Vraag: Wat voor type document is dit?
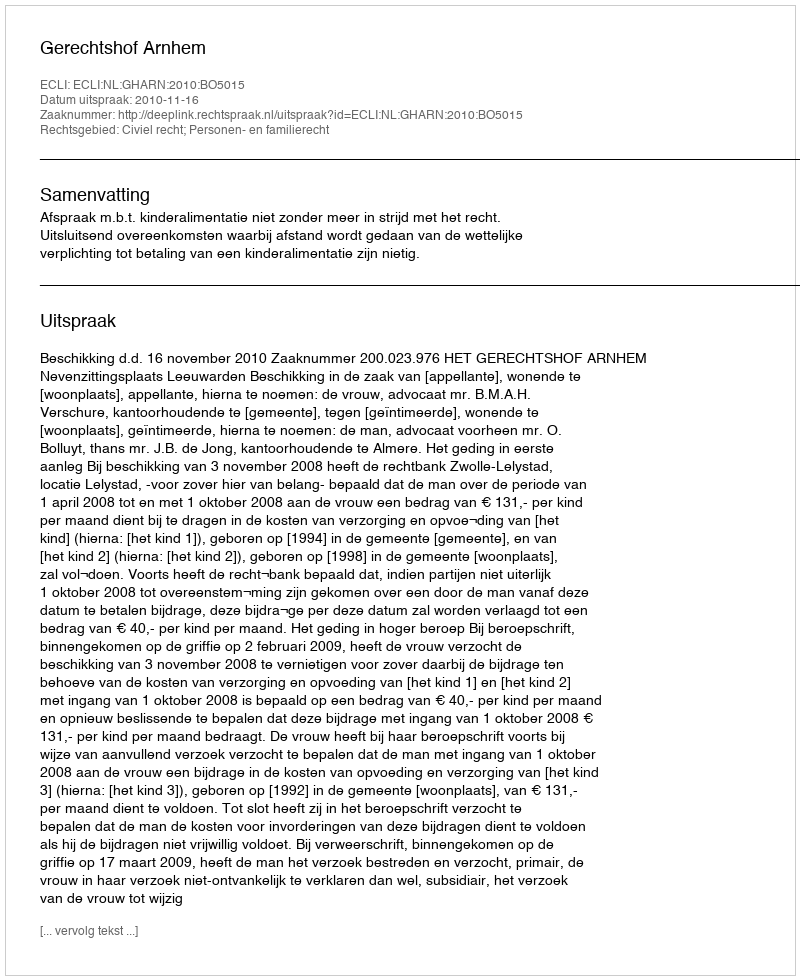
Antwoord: Uitspraak